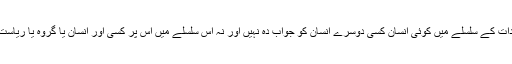
بہرحال میرا ایمان ہے کہ اپنے اعتقادات کے سلسلے میں کوئی انسان کسی دوسرے انسان کو جواب دہ نہیں اور نہ اس سلسلے میں اس پر کسی اور انسان یا گروہ یا ریاست کا فیصلہ یا فتویٰ تھوپا جانا چاہیے۔